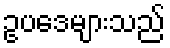
ဥပဒေများသည်